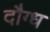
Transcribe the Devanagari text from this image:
दौग्ध